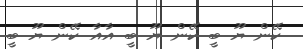
ކޭން ޔޫ ބީ ކޭން ޔޫ ބީ އާއާ ކޭން ޔޫ ބީ